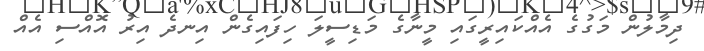
ދިމާލުން މަގުގެ އެއްކައިރީގައި މީނާގެ މަޑިސީލަ ހިފައިގެން އިނދެ އިރު އޮއްސި އެއް